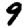
Digit: 9